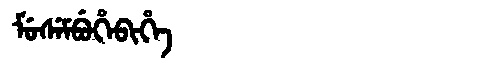
Manchu: ᠮᡠᠰᡝᠮᠪᡠᡥᡝᠪᡳᡥᡝ
Romanization: MUSEMBUHEBIHE